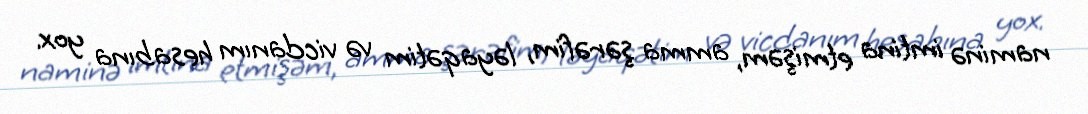
naminə imtina etmişəm, amma şərəfim, ləyaqətim və vicdanım hesabına yox.